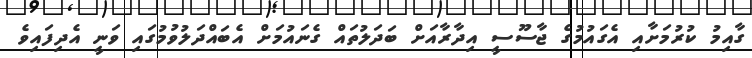
ގާއިމު ކުރުމަށާއި އެގައުމުގެ ޖާސޫސީ އިދާރާއަށް ބަދަލުތައް ގެނައުމަށް އެބައްދަލުވުމުގައި ވަނީ އެދިފައިވެ